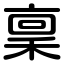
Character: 稟